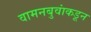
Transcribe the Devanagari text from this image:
वामनबुवांकडून